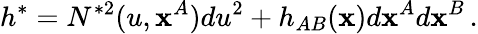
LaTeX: h^{\ast}={N}^{\ast2}(u,\mathbf{x}^{A})du^{2}+h_{AB}(\mathbf{x})d\mathbf{x}^{A}d\mathbf{x}^{B}\, .